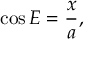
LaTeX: \cos E = { \frac { x } { a } } ,